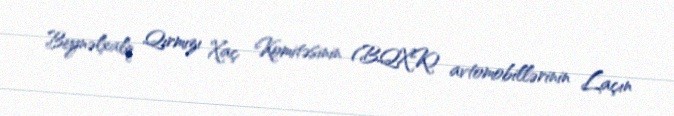
Beynəlxalq Qırmızı Xaç Komitəsinin (BQXK) avtomobillərinin Laçın